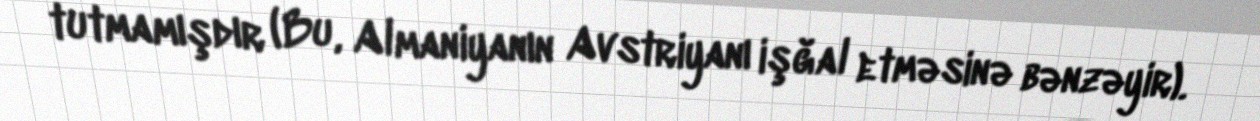
tutmamışdır (Bu, Almaniyanın Avstriyanı işğal etməsinə bənzəyir).